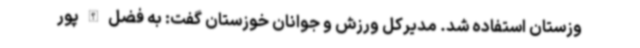
وزستان استفاده شد. مدیرکل ورزش و جوانان خوزستان گفت: به فضل‌الله‌پور